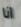
انا